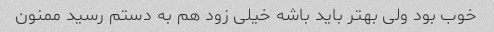
خوب بود ولی بهتر باید باشه خیلی زود هم به دستم رسید ممنون